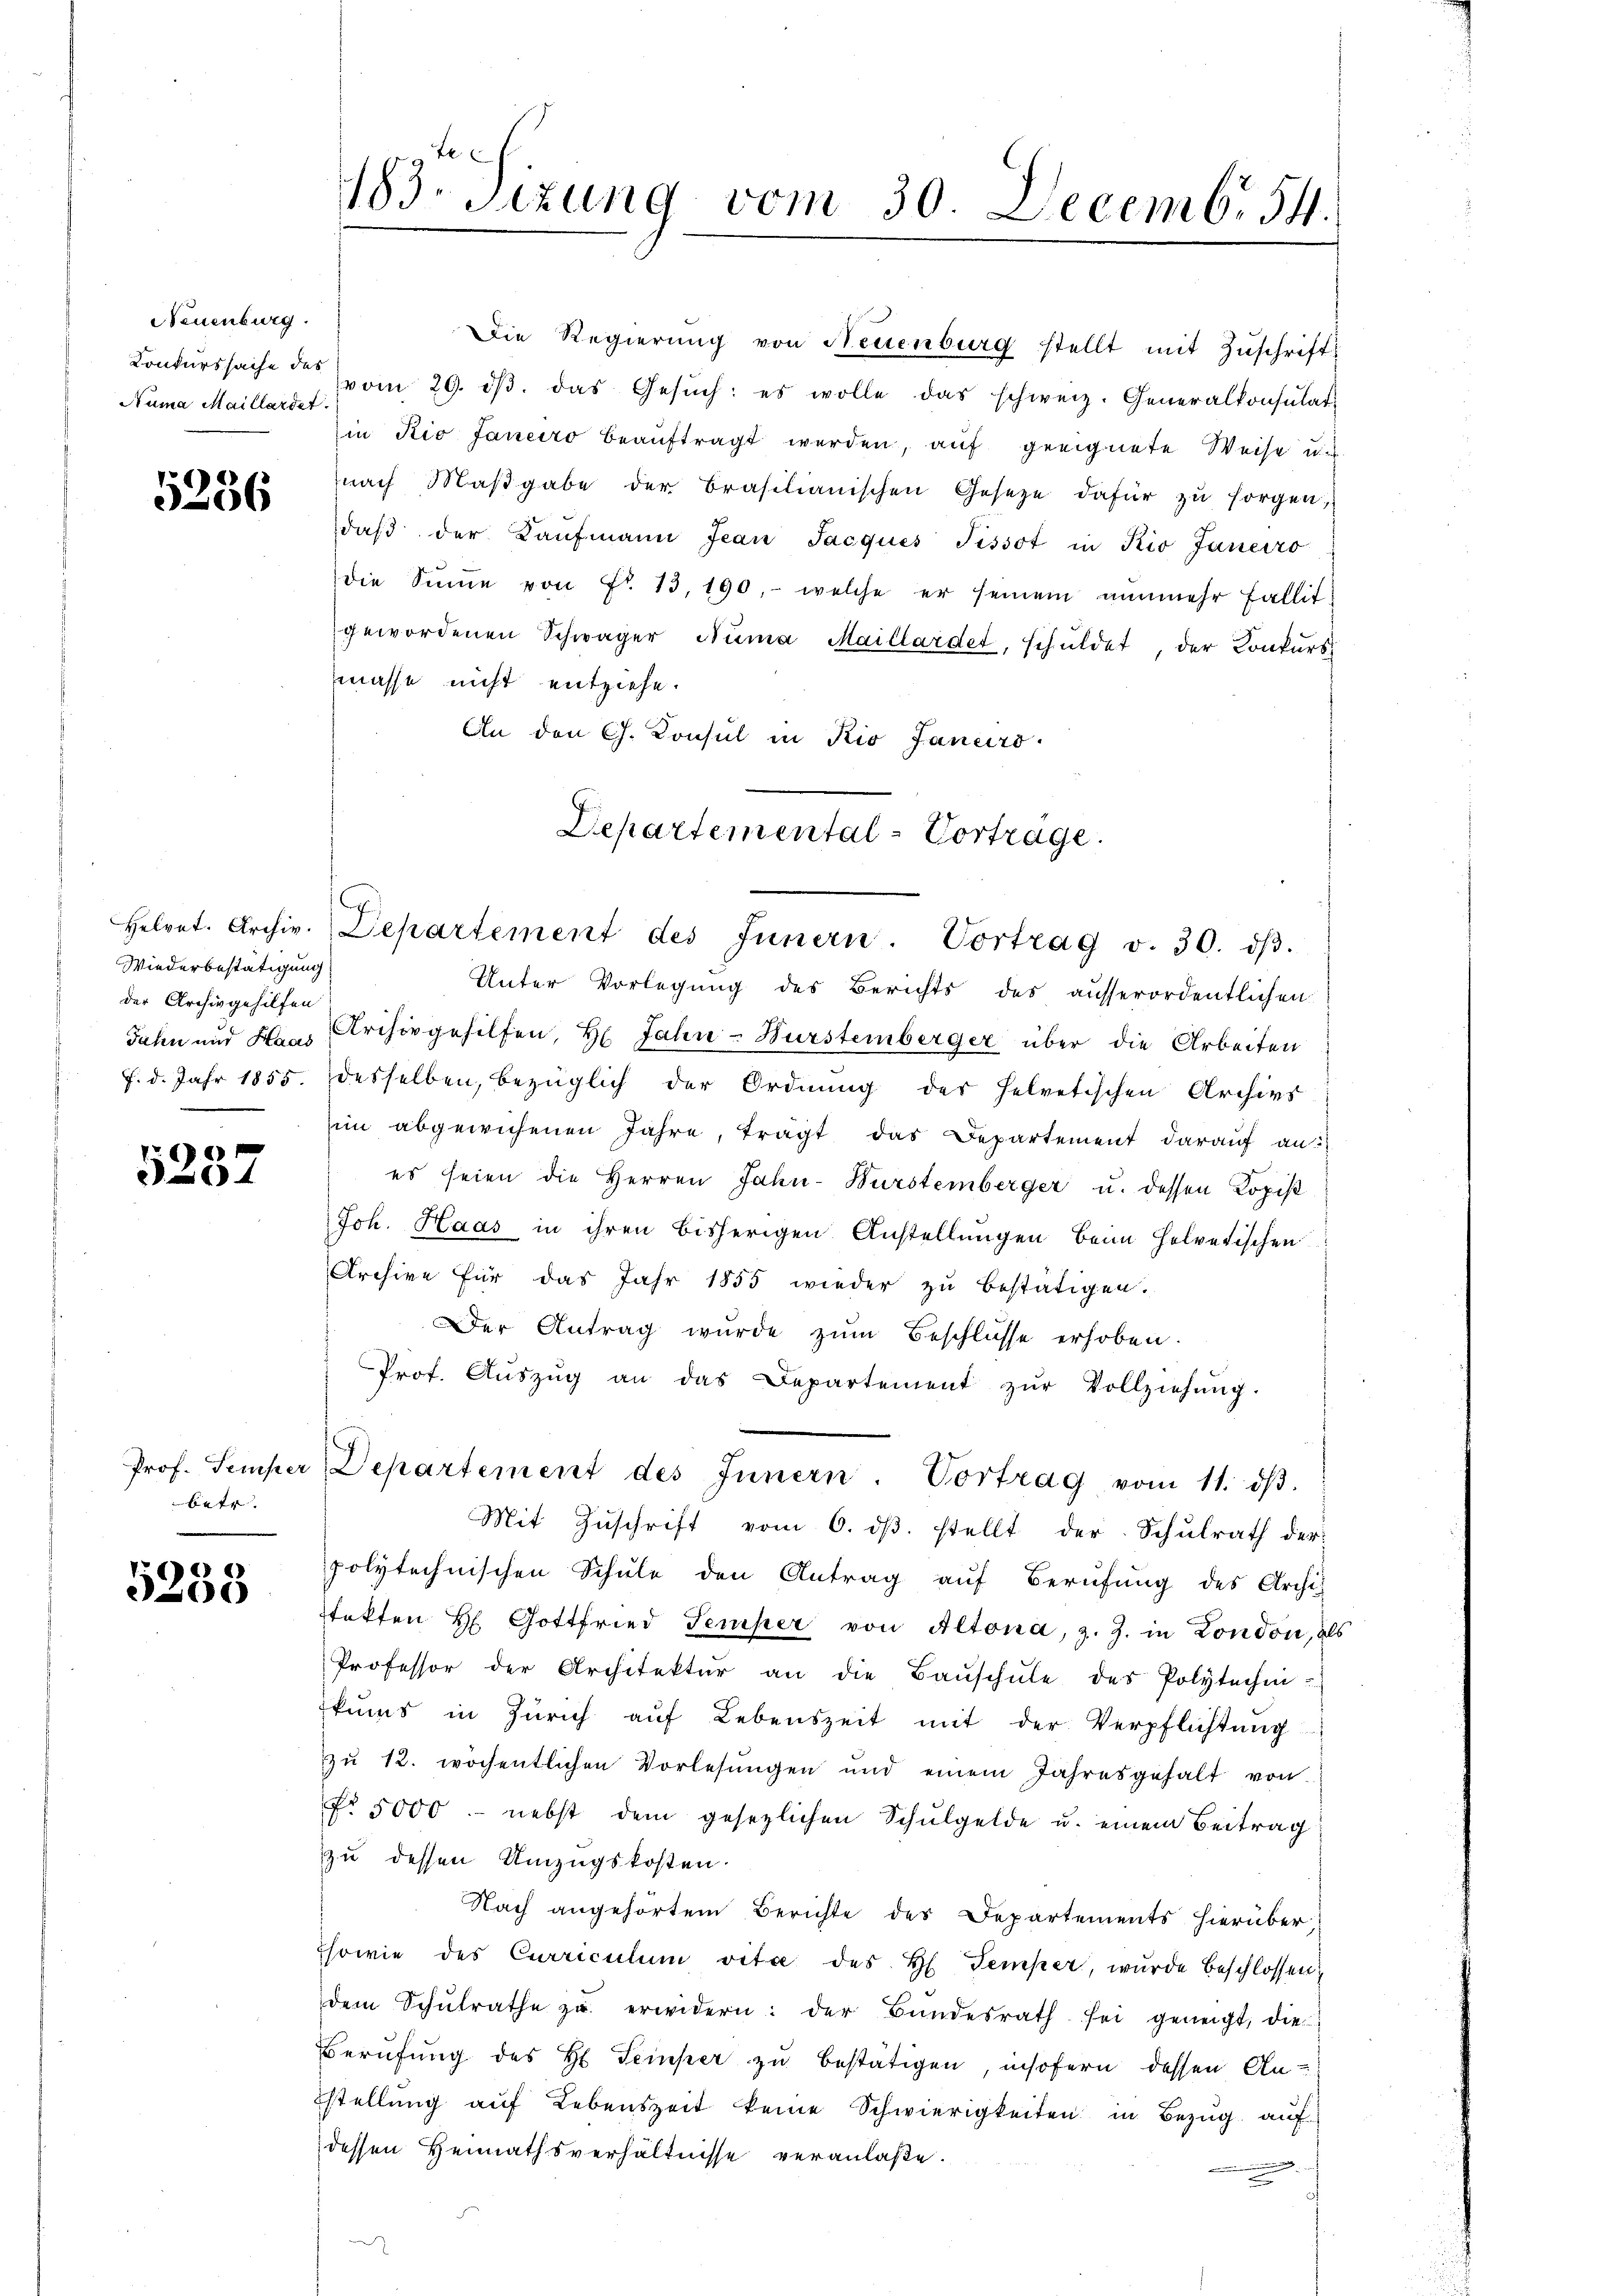
Neuenburg.
Numa Maillardet.

5256

Wiederbestätigung
der Archivgehilfen

60
4

betr.

5258

183. Sitzung vom 30. Decemb. 54.

masse nicht entziehe.
An den Ch. Konsul in Rio Januro
Departemental-Vorträge.

Die Regierŭng von Neuenburg stellt mit Zŭschrift¬
Konkurssache der vom 29. dβ das Gesŭch: es wolle das schweiz. Generalkonsulat
in Rio Janeiro beauftragt werden, auf geeignete Weise u. d
nach Maβgabe der Brasilianischen Gesetze dafür zŭ sorgen,
daβ der Kaŭfmann Jean Jacques Tissot in Rio Janeiro
die Sŭṁe von Fr. 13, 190. - welche er seinem nunmehr Fallit
gewordenen Schwäger Numa Maillardet, schuldet, der Konkurs

Helvet. Archiv. Departement des Innern. Vortrag v. 30. dβ.

Unter Vorlegung des Berichts des ausserordentlichen
Jahn und Haus, Archiv gehilfen, H. Jahn-Hurstemberger über die Arbeiten
f. d. Jahr 1855. desselben, bezüglich der Ordnung der Helvetischen Archivs
in abgewichenen Jahre, trägt das Departement darauf an:
es seien die Herren Jahn-Wurstemberger u. dessen Kopist
Joh. Haas in ihren bisherigen Anstellungen beim Helvetischen
Archive für das Jahr 1855 wieder zu bestätigen.
Der Antrag wurde zŭm Beschlüsse erhoben.
Prof. Aŭszŭg an das Departement zŭr Vollziehŭng.
Mit Zuschrift vom 6. dβ. stellt der Schulrath der
polytechnischen Schule den Antrag aŭf Berufung des Archi-
tekten H. Gottfried Temper von Altona, z. Z. in London, als
Professor der Architekter an die Baŭschŭle des Polytechni-
kŭms in Zürich auf Lebenszeit mit der Verpflichtung
zŭ 12. wöchentlichen Vorlesungen und einem Jahresgehalt von
No 5000 - nebst dem gesezlichen Schulgelde u. einem Beitrag
zu dessen Umzugskosten.
Nach angehörtem Berichte des Departements hierüber
Esowie des Curriculum vitae des H. Temper, wurde beschlossen,
dem Schŭlrathe zu erwidern: der Bŭndesrath sei geneigt, die
Berufung des H Temper zu bestätigen, insofern dessen Anstellung auf Lebenszeit keine Schwierigkeiten in Bezug auf
dessen Heimathsverhältnisse veranlaße.
.

Prof. Temper, Departement des Innern. Vortrag vom 11. dβ.